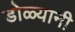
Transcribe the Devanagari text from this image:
डोळ्यानी